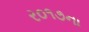
ર૦૧૭ના